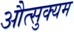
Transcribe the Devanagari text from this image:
औत्सुक्यम